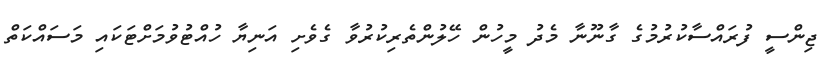
ޖިންސީ ފުރައްސާކުރުމުގެ ގާނޫނާ މެދު މީހުން ހޭލުންތެރިކުރުވާ ގެވެށި އަނިޔާ ހުއްޓުވުމަށްޓަކައި މަސައްކަތް